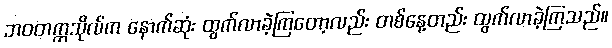
ဘဝတက္ကသိုလ်က နောက်ဆုံး ထွက်လာခဲ့ကြတော့လည်း တစ်နေ့တည်း ထွက်လာခဲ့ကြသည်။